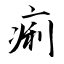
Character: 痢